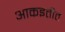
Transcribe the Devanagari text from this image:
आकइतीत